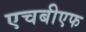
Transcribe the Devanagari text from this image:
एचबीएफ